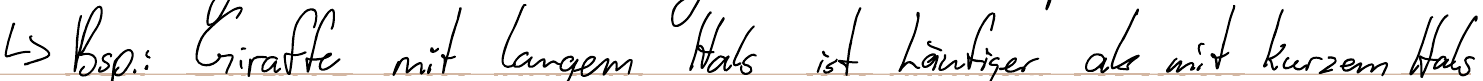
-> Besp.: Giraffe mit langem Hals ist häufiger als mit kurzem Hals